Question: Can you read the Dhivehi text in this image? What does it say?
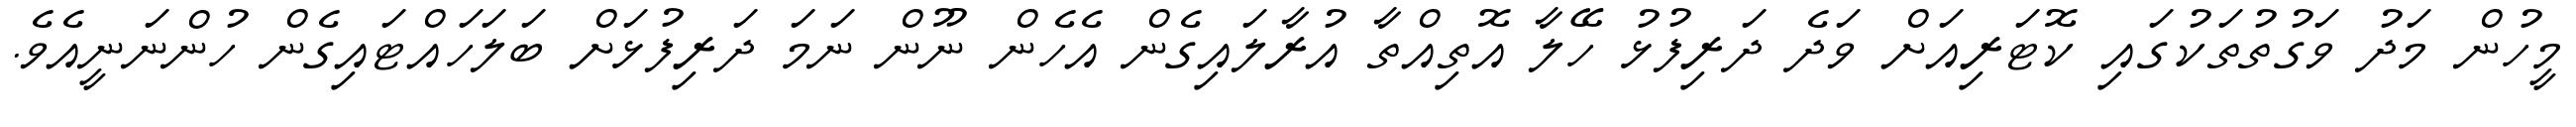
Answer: މީހުން މަދު ވަގުތުތަކުގައި ކޮޓަރިއަށް ވަދެ ދަރިފުޅު ހޭލާ އޮތިއްތާ އުރާލައިގެން އެހެން ނޫން ނަމަ ދަރިފުޅަށް ބަލަހައްޓައިގެން ހުންނަނީއެވެ.